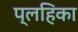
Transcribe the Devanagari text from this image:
प्लहिका